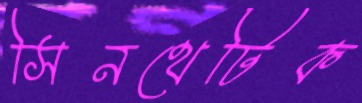
সিনথেটিক